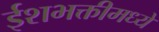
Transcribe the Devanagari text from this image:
ईशभक्तीमध्ये